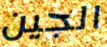
الجين